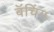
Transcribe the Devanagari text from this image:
बॅचिंग